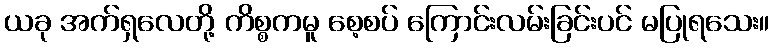
ယခု အက်ရှလေတို့ ကိစ္စကမူ စေ့စပ် ကြောင်းလမ်းခြင်းပင် မပြုရသေး။